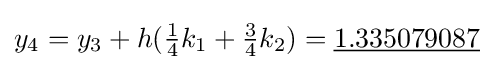
y_{4}=y_{3}+h({\tfrac {1}{4}}k_{1}+{\tfrac {3}{4}}k_{2})={\underline {1.335079087}}